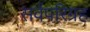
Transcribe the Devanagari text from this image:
सर्वपरिग्रह